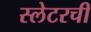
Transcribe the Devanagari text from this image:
स्लेटरची